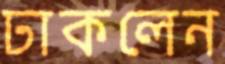
ঢাকলেন